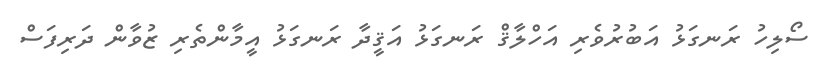
ސޯލިހު ރަނގަޅު އަބުރުވެރި އަހްލާޤް ރަނގަޅު އަޤީދާ ރަނގަޅު އީމާންތެރި ޒުވާން ދަރިފަސް